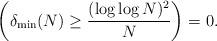
LaTeX: \begin{align*} \left( \delta_{\min}(N) \geq \frac{(\log\log N)^2}{N} \right) = 0.\end{align*}